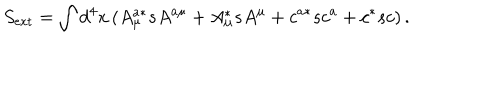
LaTeX: S _ { \mathrm { e x t } } = \int d ^ { 4 } x \left( A _ { \mu } ^ { a * } s A ^ { a \mu } + A _ { \mu } ^ { * } s A ^ { \mu } + c ^ { a * } s c ^ { a } + c ^ { * } s c \right) .